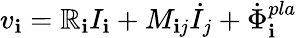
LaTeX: v_{\mathbf{i}}=\mathbb{R}_{\mathbf{i}}I_{\mathbf{i}}+M_{\mathbf{i}j}\dot{{I}}_{j}+\dot{{\Phi}}_{\mathbf{i}}^{pla}